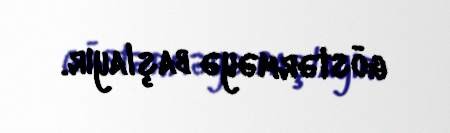
göstərməyə başlayır.